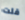
قلت